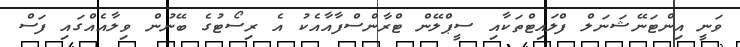
ވަނީ އިންޓަނޭޝަނަލް ފްލައިޓްތަކާއި ސީޕްލޭން ޓްރާންސްފާއާއެކު އެ ރިސޯޓުގެ ބޭނުން ވިލާއެއްގައި ފަސް